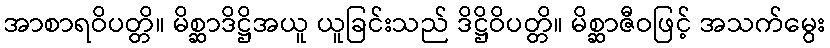
အာစာရဝိပတ္တိ။ မိစ္ဆာဒိဋ္ဌိအယူ ယူခြင်းသည် ဒိဋ္ဌိဝိပတ္တိ။ မိစ္ဆာဇီဝဖြင့် အသက်မွေး